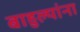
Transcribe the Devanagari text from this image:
बाहुल्यांना